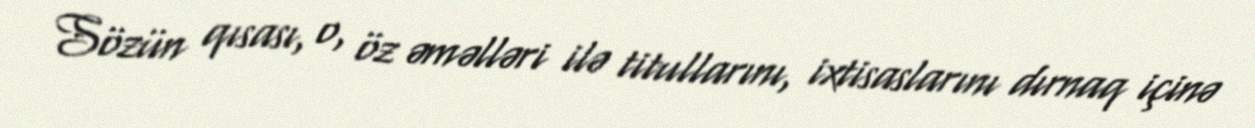
Sözün qısası, o, öz əməlləri ilə titullarını, ixtisaslarını dırnaq içinə